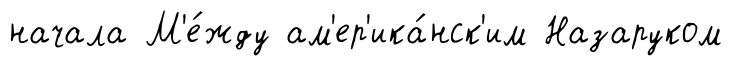
начала М'е́жду ам'ер'ика́нск'им Назаруком